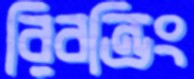
রিবন্ডিং